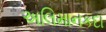
અલિમાનકદા